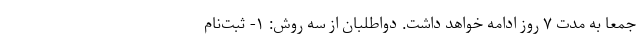
جمعاً به مدت ۷ روز ادامه خواهد داشت. دواطلبان از سه روش: ۱- ثبت‌نام